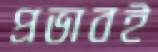
প্রভাবই